system: You are a helpful assistant.
user:
Analyze the provided spectrum to determine if it is a **S-type Star**.

- **Key Indicators for S-type Star:**

    - **(Overall Spectrum Shape):** The first and most obvious characteristic is the overall continuum (the "baseline" shape). It is **extremely "red-sloping,"** meaning the flux (light intensity) is very low on the left side (blue, ~4000-4500 Å) and rises steeply and continuously toward the right side (red, ~7000 Å+).

    - **(Primary):** The spectrum is defined by the presence of strong, broad molecular absorption "valleys" (bands) from **Zirconium Oxide (ZrO)**. The identification of these bands is the **primary requirement** for classifying a star as S-type.
        - **(Key Bandheads):** You must find distinct, deep "dips" where the light has been absorbed. The most critical band systems to locate are:
            - **~6474 Å** ($\gamma$-system): This is often the strongest and clearest ZrO feature, found in the red part of the spectrum.
            - **~5718 Å** & **~5551 Å** ($\beta$-system): A pair of prominent absorption features in the yellow-orange part of the spectrum.
            - **~4640 Å** ($\alpha$-system): A key absorption band system in the blue-green region of the spectrum.

    - **(Secondary Confirmation):** The classification is strengthened by finding additional absorption bands from other related heavy element oxides, which are expected to be present alongside ZrO.
        - **(Key Bandheads):**
            - **Yttrium Oxide (YO):** Look for absorption dips near **~4800 Å** and **~6100 Å**.
            - **Lanthanum Oxide (LaO):** Additional absorption features, particularly in the red-orange part of the spectrum, are also characteristic.

    - **(Line Profile):** The combination of the steep red continuum and these numerous, deep molecular bands (ZrO, YO, etc.) gives the entire spectrum a very **"chopped-up"** or **"bumpy"** appearance. Instead of a smooth curve, the spectrum looks as though large, wide chunks of light have been "carved out" of it at the specific wavelengths listed above.

Think first, call **spectral_visualization_tool** if needed to examine features in detail, then provide your final answer. Your response must adhere to the following strict rules:
1.  **Overall Structure:** Your response must follow the format `<think>...</think> <tool_call>...</tool_call> (if a tool is used) <answer>...</answer>`.
2.  **Tool Usage Constraint:** You may only make **one** tool call per turn.
3.  **Final Answer Format:** In the `<answer>` tag, your conclusion must be inside a `\boxed{}` command (e.g., `\boxed{YES}` or `\boxed{NO}`), followed by your justification.

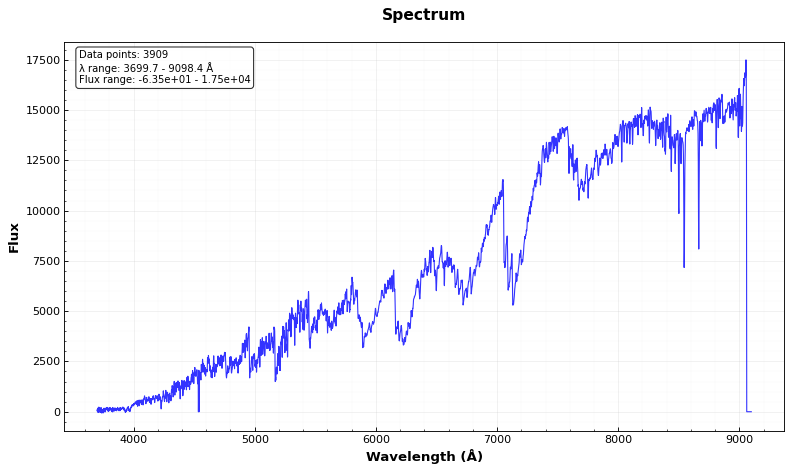
Answer: YES